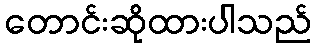
တောင်းဆိုထားပါသည်